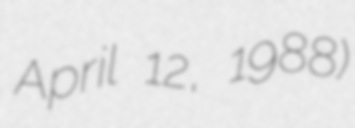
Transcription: April 12, 1988)